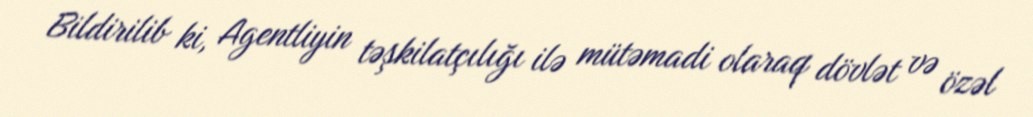
Bildirilib ki, Agentliyin təşkilatçılığı ilə mütəmadi olaraq dövlət və özəl